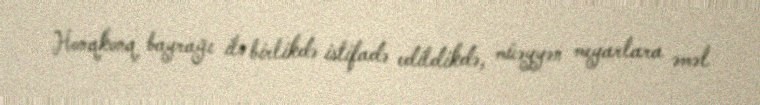
Honqkonq bayrağı ilə birlikdə istifadə edildikdə, müəyyən meyarlara əməl